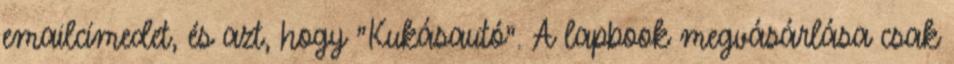
emailcímedet, és azt, hogy "Kukásautó". A lapbook megvásárlása csak